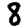
Digit: 8